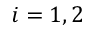
i = 1 , 2